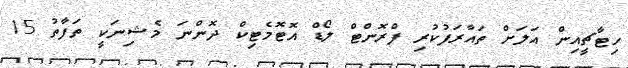
ހިޓާޗީއިން އަލަށް ތައާރަފުކުރި ފްރޮންޓް ލޯޑް އޮޓޮމެޓިކް ދޮންނަ މެޝިނަކީ ތަފާތު 15